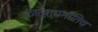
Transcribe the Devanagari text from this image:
कात्यायनीतिच